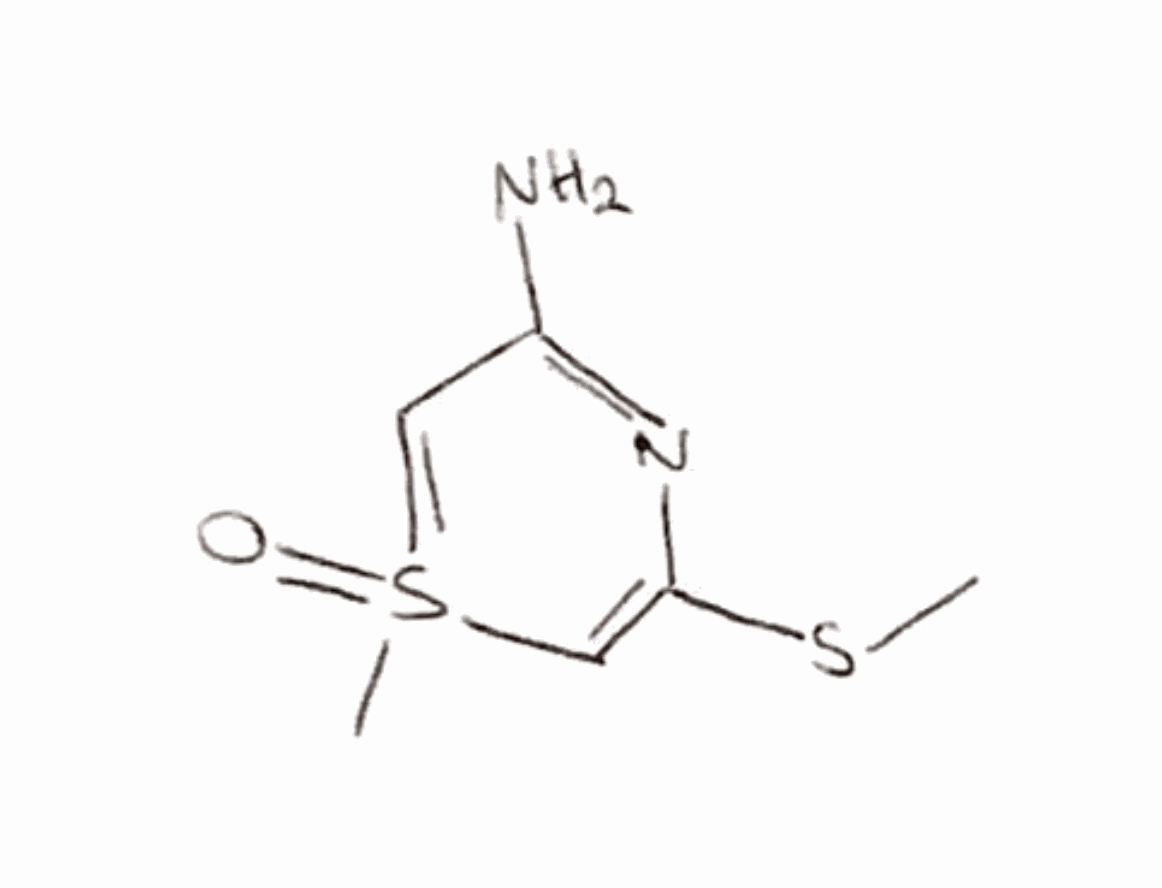
Simplified molecular-input line-entry system (SMILES) notation of the given molecule:
CSC1=CS(=CC(=N1)N)(=O)C